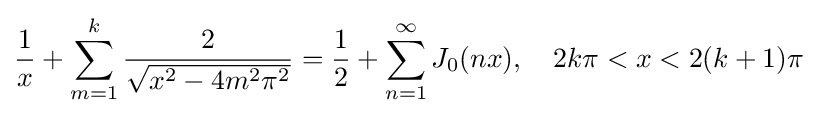
{\frac {1}{x}}+\sum _{m=1}^{k}{\frac {2}{\sqrt {x^{2}-4m^{2}\pi ^{2}}}}={\frac {1}{2}}+\sum _{n=1}^{\infty }J_{0}(nx),\quad 2k\pi <x<2(k+1)\pi